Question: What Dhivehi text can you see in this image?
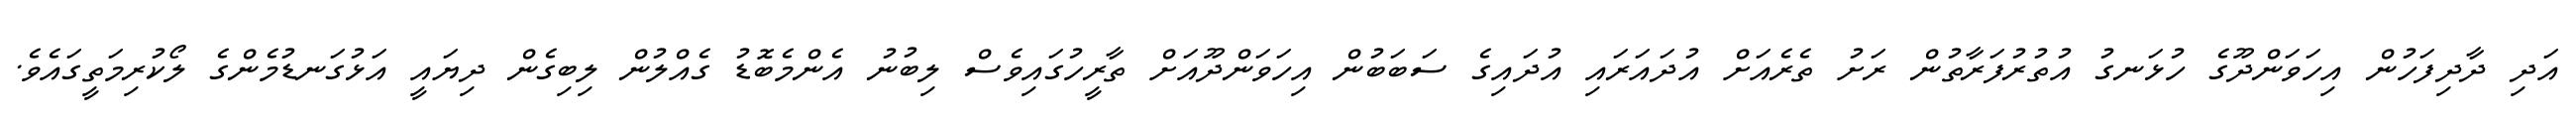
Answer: އަދި ދާދިފަހުން އިހަވަންދޫގެ ހުޅަނގު އުތުރުފަރާތުން ރަށު ތެރެއަށް އުދައަރައި އުދައިގެ ސަބަބުން އިހަވަންދޫއަށް ތާރީހުގައިވެސް ލިބުނު އެންމެބޮޑު ގެއްލުން ލިބިގެން ދިޔައީ އަޅުގަނޑުމެންގެ ލޯކުރިމަތީގައެވެ.